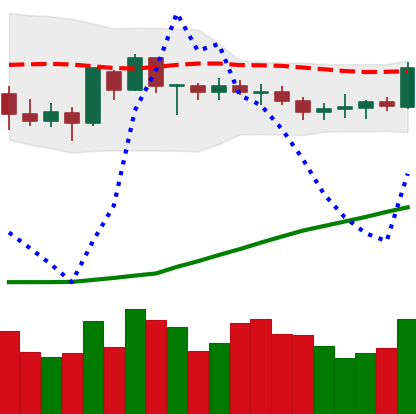
Ticker: BTC-USD
Chart end date: 2020-07-21
Forward return: 5.656%
Label: up_5_7